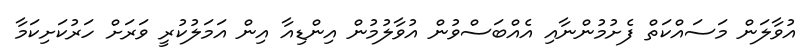
އުވާލަން މަސައްކަތް ފެށުމުންނާއި އެއްބަސްވުން އުވާލުމުން އިންޑިއާ އިން އަމަލުކުރީ ވަރަށް ހަރުކަށިކަމާ